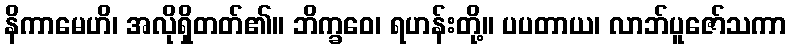
နိကာမေဟိ၊ အလိုရှိတတ်၏။ ဘိက္ခဝေ၊ ရဟန်းတို့။ ပပတာယ၊ လာဘ်ပူဇော်သကာ